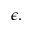
\epsilon .